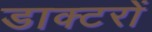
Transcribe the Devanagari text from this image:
डाक्‍टरों